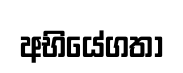
අභියේගතා